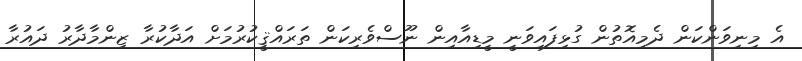
އެ މިނިވަންކަން ދެމިއޮތުން ގުޅިފައިވަނީ މީޑިއާއިން ނޫސްވެރިކަން ތަރައްޤީކުރުމަށް އަދާކުރާ ޒިންމާދާރު ދައުރާ